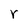
Character: r